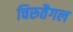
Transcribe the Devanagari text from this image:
चिरुतैगल